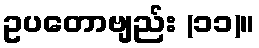
ဥပတောဗျည်း (၁၁)။